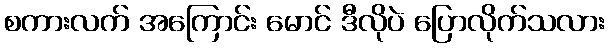
စကားလက် အကြောင်း မောင် ဒီလိုပဲ ပြောလိုက်သလား